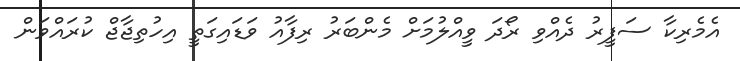
އެމެރިކާ ސަފީރު ދެއްވި ރޯދަ ވީއްލުމަށް މެންބަރު ރިފާއު ވަޑައިގަތީ އިހުތިޖާޖް ކުރައްވަން